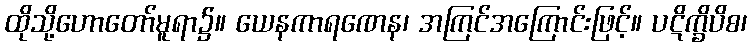
ထိုသို့ဟောတော်မူရာ၌။ ယေနကာရဏေန၊ အကြင်အကြောင်းဖြင့်။ ပဋိက္ခိပိစ၊